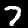
Digit: 7